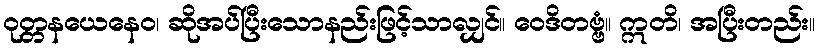
ဝုတ္တနယေနေဝ၊ ဆိုအပ်ပြီးသောနည်းဖြင့်သာလျှင်။ ဝေဒိတဗ္ဗံ။ ဣတိ၊ အပြီးတည်း။